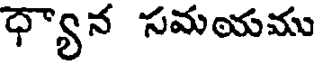
ధ్యాన సమయము